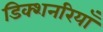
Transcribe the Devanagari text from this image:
डिक्शनरियाँ